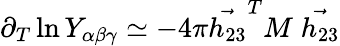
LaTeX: \partial_{T}\ln Y_{\alpha\beta\gamma}\simeq-4\pi\stackrel{\rightarrow}{h_{23}}^{T}M\stackrel{\rightarrow}{h_{23}}